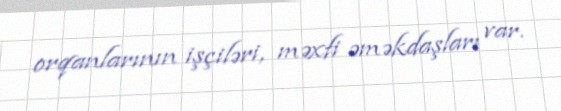
orqanlarının işçiləri, məxfi əməkdaşları var.